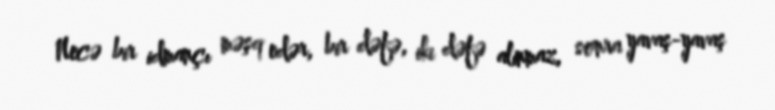
Necə bir idmançı məşq edər, bir dəfə, iki dəfə alınmaz, sonra yavaş-yavaş